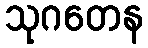
သုဂတေန